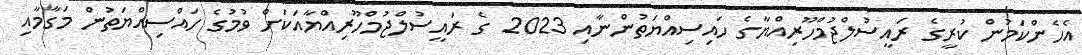
އެހެންކަމުން ކުރީގެ ރައީސުލްޖުމްހޫރިއްޔާގެ ހައިސިއްޔަތުންނާއި 2023 ގެ ރައީސުލްޖުމްހޫރިއްޔާއަކަށް ވުމުގެ ހައްސިއްޔަތުން މަގާމާއި